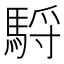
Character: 䮑